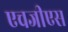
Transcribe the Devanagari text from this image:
एचजीएस